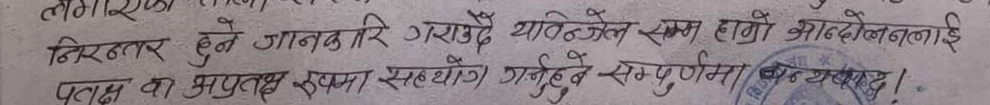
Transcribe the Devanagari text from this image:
निरन्तर हुने जानकारी गराउँदै यावत्‌जेल सम्म हाम्रो आन्दोलनलाई प्रत्यक्ष रुपमा सहयोग गर्नुहुने सम्पुर्णलाई धन्यवाद !